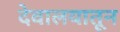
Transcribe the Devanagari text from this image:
देवालयातून